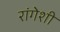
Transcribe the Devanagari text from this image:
रांगेशी